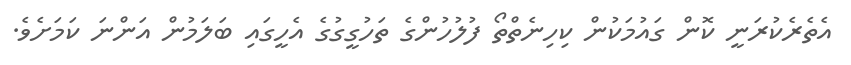
އެތެރެކުރަނީ ކޮން ގައުމަކުން ކިހިނެތްތޯ ފުލުހުންގެ ތަހުގީގުގެ އެހީގައި ބަލަމުން އަންނަ ކަމަށެވެ.